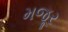
મજૂર